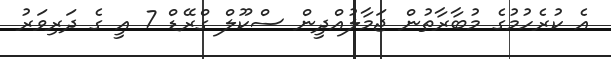
އެ ކުރެހުމުގެ މުބާރާތުން ޖަމާލުއްދީން ސްކޫލް ގްރޭޑް 7 އީ ގެ ދަރިވަރު